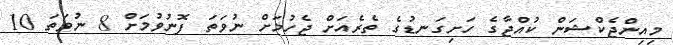
މިއިންޖެކްޝަން ކުއްޖާގެ ހަށިގަނޑުގެ ތެރެއަށް ޖެހުމަށް ނުވަތަ ފޮނުވުމަށް 8 ނުވަތަ 10